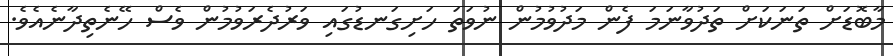
މާބޮޑަށް ތަނަކަށް ތަދުވާނަމަ ފެން މަދުވުމުން ނުވަތަ ހަށިގަނޑުގައި ވަރުދެރަވުމުން ވެސް ހޭނެތިދާނެއެވެ.